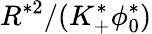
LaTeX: R^{*2}/(K_{+}^{*}\phi_{0}^{*})